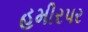
હમીરપર